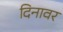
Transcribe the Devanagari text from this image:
दिनावर